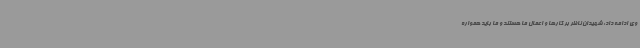
وی ادامه داد: شهیدان ناظر بر کارها و اعمال ما هستند و ما باید همواره